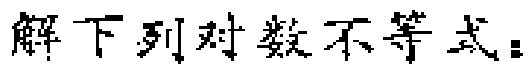
解下列对数不等式：